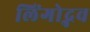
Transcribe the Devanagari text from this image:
लिंगोद्भव